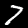
Label: 7